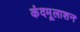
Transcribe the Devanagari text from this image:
कंदमूलाशन